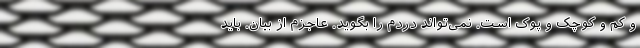
و کم و کوچک و پوک است. نمی‌تواند دردم را بگوید. عاجزم از بیان. باید